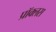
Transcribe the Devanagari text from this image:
प्रॉक्लस